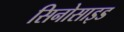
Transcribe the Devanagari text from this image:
सिनोसाइड